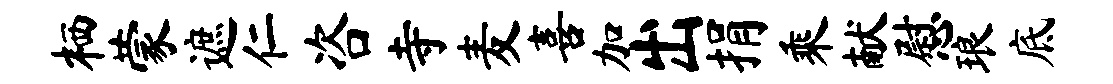
栖蒙遮仁咨寺麦喜加出捐乘献慰琅底